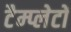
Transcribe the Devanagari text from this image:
टैम्प्लेटों